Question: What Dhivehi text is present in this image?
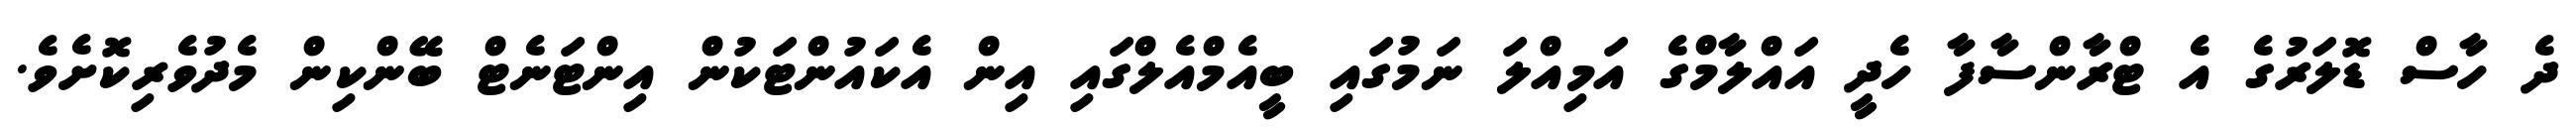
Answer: ދެ ހާސް ޑޮލަރުގެ އެ ޓްރާންސާފާ ހެދީ އައްލާމްގެ އަމިއްލަ ނަމުގައި ބީއެމްއެލްގައި އިން އެކައުންޓަކުން އިންޓަނެޓް ބޭންކިން މެދުވެރިކޮށެވެ.